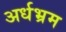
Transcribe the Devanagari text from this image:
अर्धभ्रम